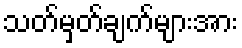
သတ်မှတ်ချက်များအား